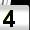
Digit: 4